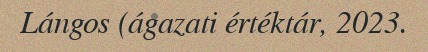
Lángos (ágazati értéktár, 2023.